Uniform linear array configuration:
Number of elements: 8
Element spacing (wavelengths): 0.75
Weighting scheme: exponential
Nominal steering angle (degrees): -30
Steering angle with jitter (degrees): -30.147
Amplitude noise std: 0.05
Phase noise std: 0.05

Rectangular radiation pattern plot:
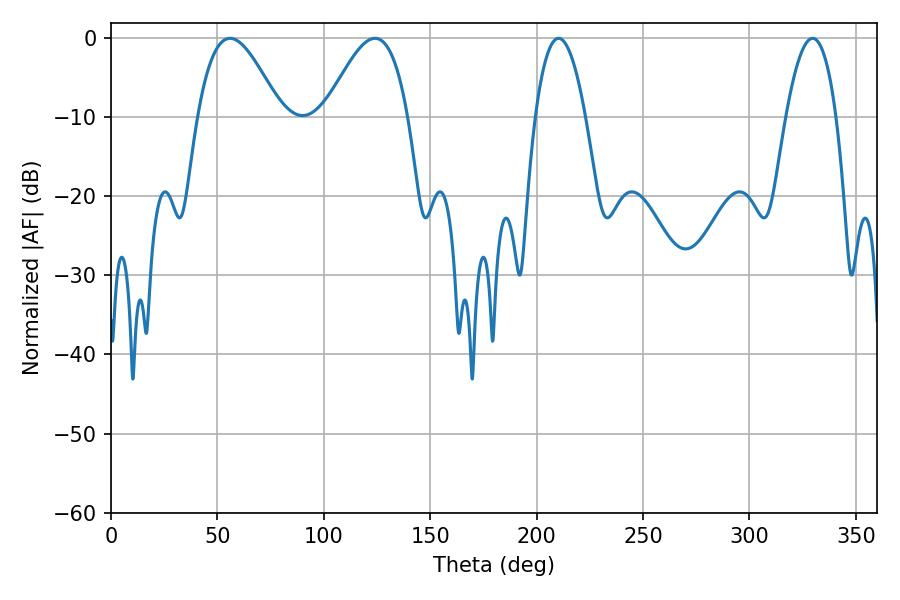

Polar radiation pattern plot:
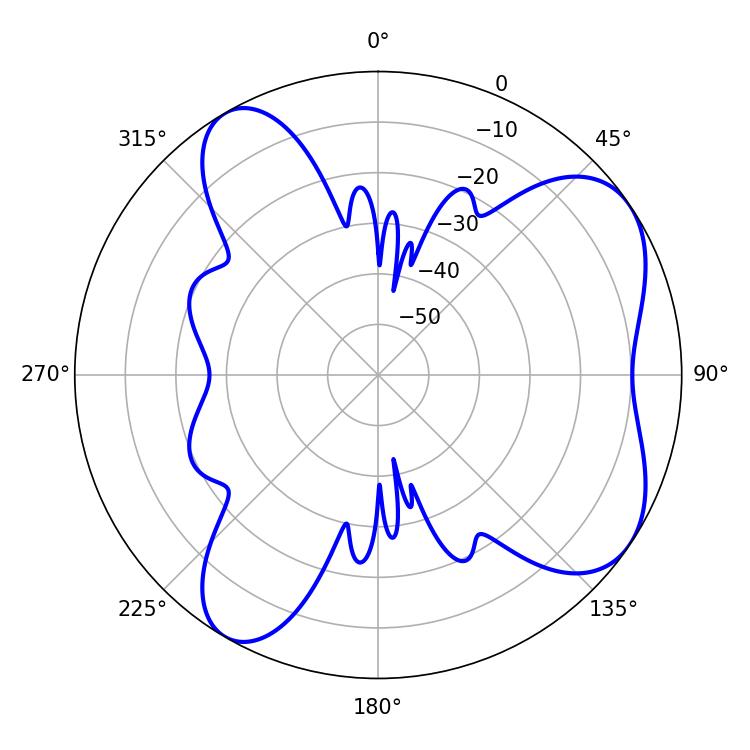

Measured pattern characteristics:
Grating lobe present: TRUE
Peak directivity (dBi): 6.486
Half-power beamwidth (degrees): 21.06
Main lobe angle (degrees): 55.98